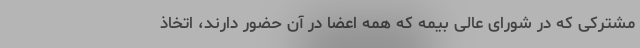
مشترکی که در شورای عالی بیمه که همه اعضا در آن حضور دارند، اتخاذ